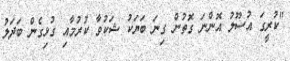
"ކުރީގަ އުސޫލު އޮންނަ ގޮތުން ގިނަ ބަޔަކު ޝަކުވާ ކުރުމާއި ގުޅިގެން ބަދަލު